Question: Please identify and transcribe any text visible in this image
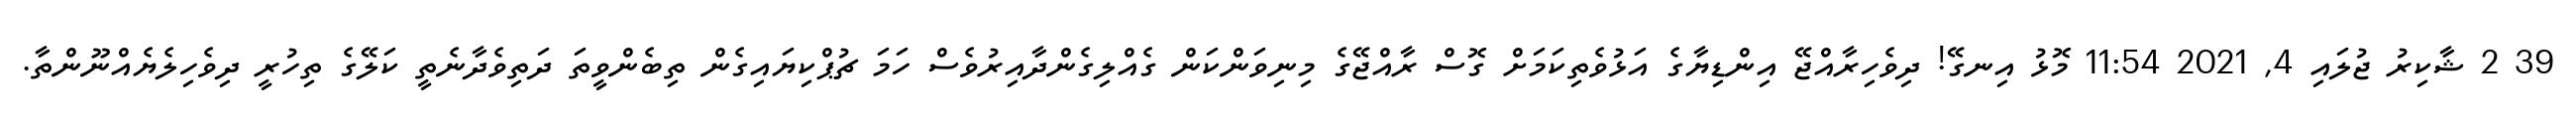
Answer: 39 2 ޝާކިރު ޖުލައި 4, 2021 11:54 މޮޅު އިނގޭ! ދިވެހިރާއްޖޭ އިންޑިޔާގެ އަޅުވެތިކަމަށް ގޮސް ރާއްޖޭގެ މިނިވަންކަން ގެއްލިގެންދާއިރުވެސް ހަމަ ޗުޕްކިޔައިގެން ތިބެންވީތަ ދަތިވެދާނެތީ ކަލޭގެ ތިހުރީ ދިވެހިލެޔެއްނޫންތާ.